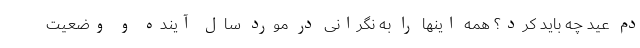
دم عید چه باید کرد؟ همه اینها را به نگرانی در مورد سال آینده و وضعیت